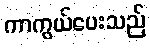
ကာကွယ်ပေးသည်